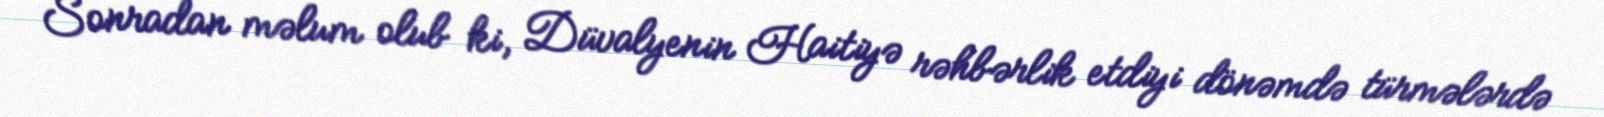
Sonradan məlum olub ki, Düvalyenin Haitiyə rəhbərlik etdiyi dönəmdə türmələrdə